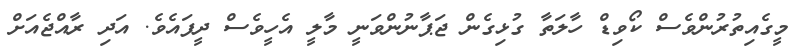
މީގެއިތުރުންވެސް ކޯވިޑް ހާލަތާ ގުޅިގެން ޖަޕާނުންވަނީ މާލީ އެހީވެސް ދީފައެވެ. އަދި ރާއްޖެއަށް